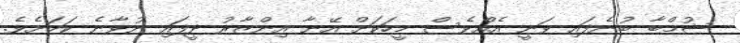
ޝުމްބާ ބުނެފައި ވަނީ އެއްވެސް މީހަކަށް އޭނާ އިންޒާރު ދީފައި ނުވާނެ ކަމަށެވެ.